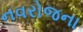
નવરોજના